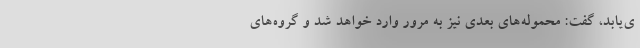
ی‌یابد، گفت: محموله‌های بعدی نیز به مرور وارد خواهد شد و گروه‌های